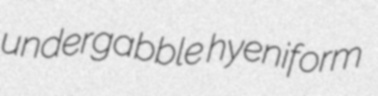
undergabble hyeniform